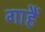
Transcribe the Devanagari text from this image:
गाहैं